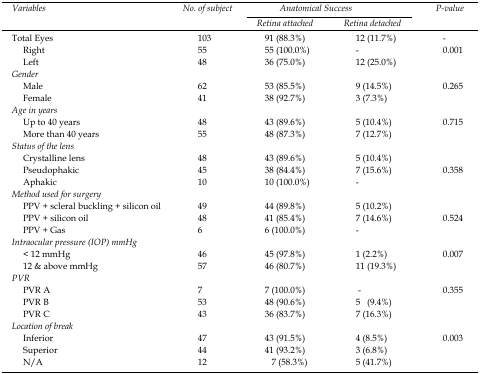
<table><thead><tr><td rowspan="3"><b>Variables</b></td><td rowspan="3"><b>No. of subject</b></td><td colspan="2"><b>Anatomical Success</b></td><td rowspan="3"><b>P-value</b></td></tr><tr><td><b>Retina attached</b></td><td><b>Retina detached</b></td></tr></thead><tbody><tr><td>Total Eyes</td><td>103</td><td>91 (88.3%)</td><td>12 (11.7%)</td><td>-</td></tr><tr><td>Right</td><td>55</td><td>55 (100.0%)</td><td>-</td><td>0.001</td></tr><tr><td>Left</td><td>48</td><td>36 (75.0%)</td><td>12 (25.0%)</td></tr><tr><td colspan="5"><i>Gender</i></td></tr><tr><td> Male</td><td>62</td><td>53 (85.5%)</td><td>9 (14.5%)</td><td>0.265</td></tr><tr><td> Female</td><td>41</td><td>38 (92.7%)</td><td>3 (7.3%)</td></tr><tr><td colspan="5"><i>Age in years</i></td></tr><tr><td> Up to 40 years</td><td>48</td><td>43 (89.6%)</td><td>5 (10.4%)</td><td>0.715</td></tr><tr><td> More than 40 years</td><td>55</td><td>48 (87.3%)</td><td>7 (12.7%)</td><td></td></tr><tr><td colspan="5"><i>Status of the lens</i></td></tr><tr><td> Crystalline lens</td><td>48</td><td>43 (89.6%)</td><td>5 (10.4%)</td><td></td></tr><tr><td> Pseudophakic</td><td>45</td><td>38 (84.4%)</td><td>7 (15.6%)</td><td>0.358</td></tr><tr><td> Aphakic</td><td>10</td><td>10 (100.0%)</td><td>-</td><td></td></tr><tr><td colspan="5"><i>Method used for surgery</i></td></tr><tr><td> PPV + scleral buckling + silicon oil</td><td>49</td><td>44 (89.8%)</td><td>5 (10.2%)</td><td></td></tr><tr><td> PPV + silicon oil</td><td>48</td><td>41 (85.4%)</td><td>7 (14.6%)</td><td>0.524</td></tr><tr><td> PPV + Gas</td><td>6</td><td>6 (100.0%)</td><td>-</td><td></td></tr><tr><td colspan="5"><i>Intraocular pressure (IOP) mmHg</i></td></tr><tr><td> &lt; 12 mmHg</td><td>46</td><td>45 (97.8%)</td><td>1 (2.2%)</td><td>0.007</td></tr><tr><td> 12 &amp; above mmHg</td><td>57</td><td>46 (80.7%)</td><td>11 (19.3%)</td><td></td></tr><tr><td colspan="5"><i>PVR</i></td></tr><tr><td> PVR A</td><td>7</td><td>7 (100.0%)</td><td>-</td><td>0.355</td></tr><tr><td> PVR B</td><td>53</td><td>48 (90.6%)</td><td>5 (9.4%)</td><td></td></tr><tr><td> PVR C</td><td>43</td><td>36 (83.7%)</td><td>7 (16.3%)</td><td></td></tr><tr><td colspan="5"><i>Location of break</i></td></tr><tr><td> Inferior</td><td>47</td><td>43 (91.5%)</td><td>4 (8.5%)</td><td>0.003</td></tr><tr><td> Superior</td><td>44</td><td>41 (93.2%)</td><td>3 (6.8%)</td><td></td></tr><tr><td> N/A</td><td>12</td><td>7 (58.3%)</td><td>5 (41.7%)</td><td></td></tr></tbody></table>